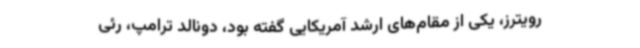
رویترز، یکی از مقام‌های ارشد آمریکایی گفته بود، دونالد ترامپ، رئی